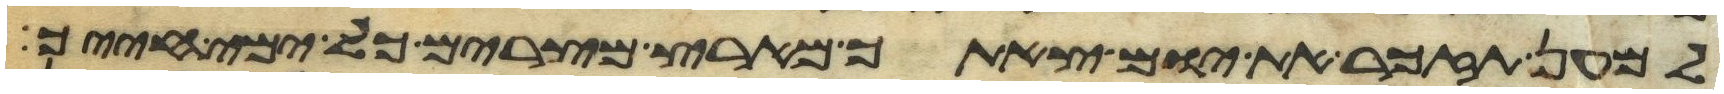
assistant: למען תזכר את יום צאתך מארץ מצרים כל ימי חייך